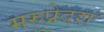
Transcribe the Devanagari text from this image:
मरुप्रेदश